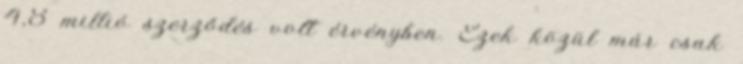
4,8 millió szerződés volt érvényben. Ezek közül már csak